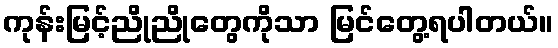
ကုန်းမြင့်ညိုညိုတွေကိုသာ မြင်တွေ့ရပါတယ်။